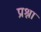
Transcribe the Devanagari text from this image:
प्रश्ना